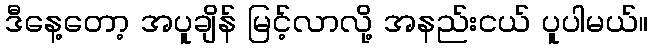
ဒီနေ့တော့ အပူချိန် မြင့်လာလို့ အနည်းငယ် ပူပါမယ်။